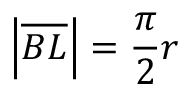
\left| { \overline { { B L } } } \right| = { \frac { \pi } { 2 } } r